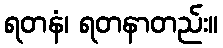
ရတနံ၊ ရတနာတည်း။